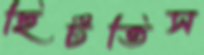
ছিটতিস